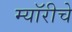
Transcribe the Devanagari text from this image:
म्यॉरीचे